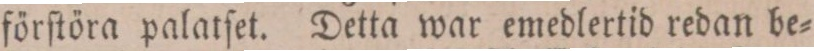
förſtöra palatſet. Detta war emedlertid redan be=